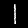
Label: 1